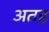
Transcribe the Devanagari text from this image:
अतह